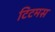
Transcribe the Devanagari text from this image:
टिटमस